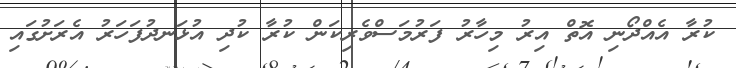
ކުރާ އެއްދޯނި އޮތް އިރު މިހާރު ފަރުމަސްވެރިކަން ކުރާ ކުދި އުޅަނދުފަހަރު އެރަށުގައި